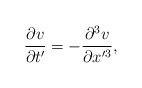
\begin{align*} \frac{\partial v}{\partial t'}= -\frac{\partial^3 v}{\partial x'^3}, \end{align*}